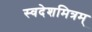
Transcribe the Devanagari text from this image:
स्वदेशमित्रम्